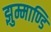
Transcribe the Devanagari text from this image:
झुम्माण्डि